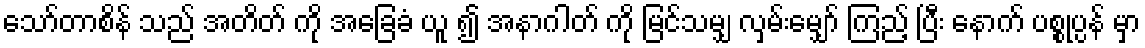
သော်တာစိန် သည် အတိတ် ကို အခြေခံ ယူ ၍ အနာဂါတ် ကို မြင်သမျှ လှမ်းမျှော် ကြည့် ပြီး နောက် ပစ္စုပ္ပန် မှာ